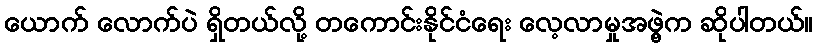
ယောက် လောက်ပဲ ရှိတယ်လို့ တကောင်းနိုင်ငံရေး လေ့လာမှုအဖွဲ့က ဆိုပါတယ်။